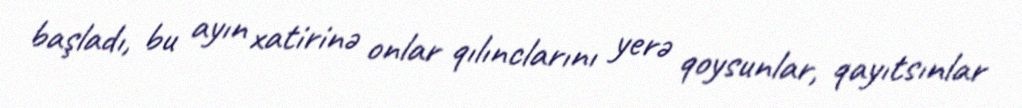
başladı, bu ayın xatirinə onlar qılınclarını yerə qoysunlar, qayıtsınlar